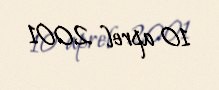
10 aprel 2001